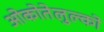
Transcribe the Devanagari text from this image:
ओकोतेलुल्को